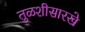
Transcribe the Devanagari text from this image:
तुळशीसारखे